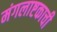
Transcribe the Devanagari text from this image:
मंगलाष्टकाची